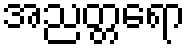
အညတ္တရော